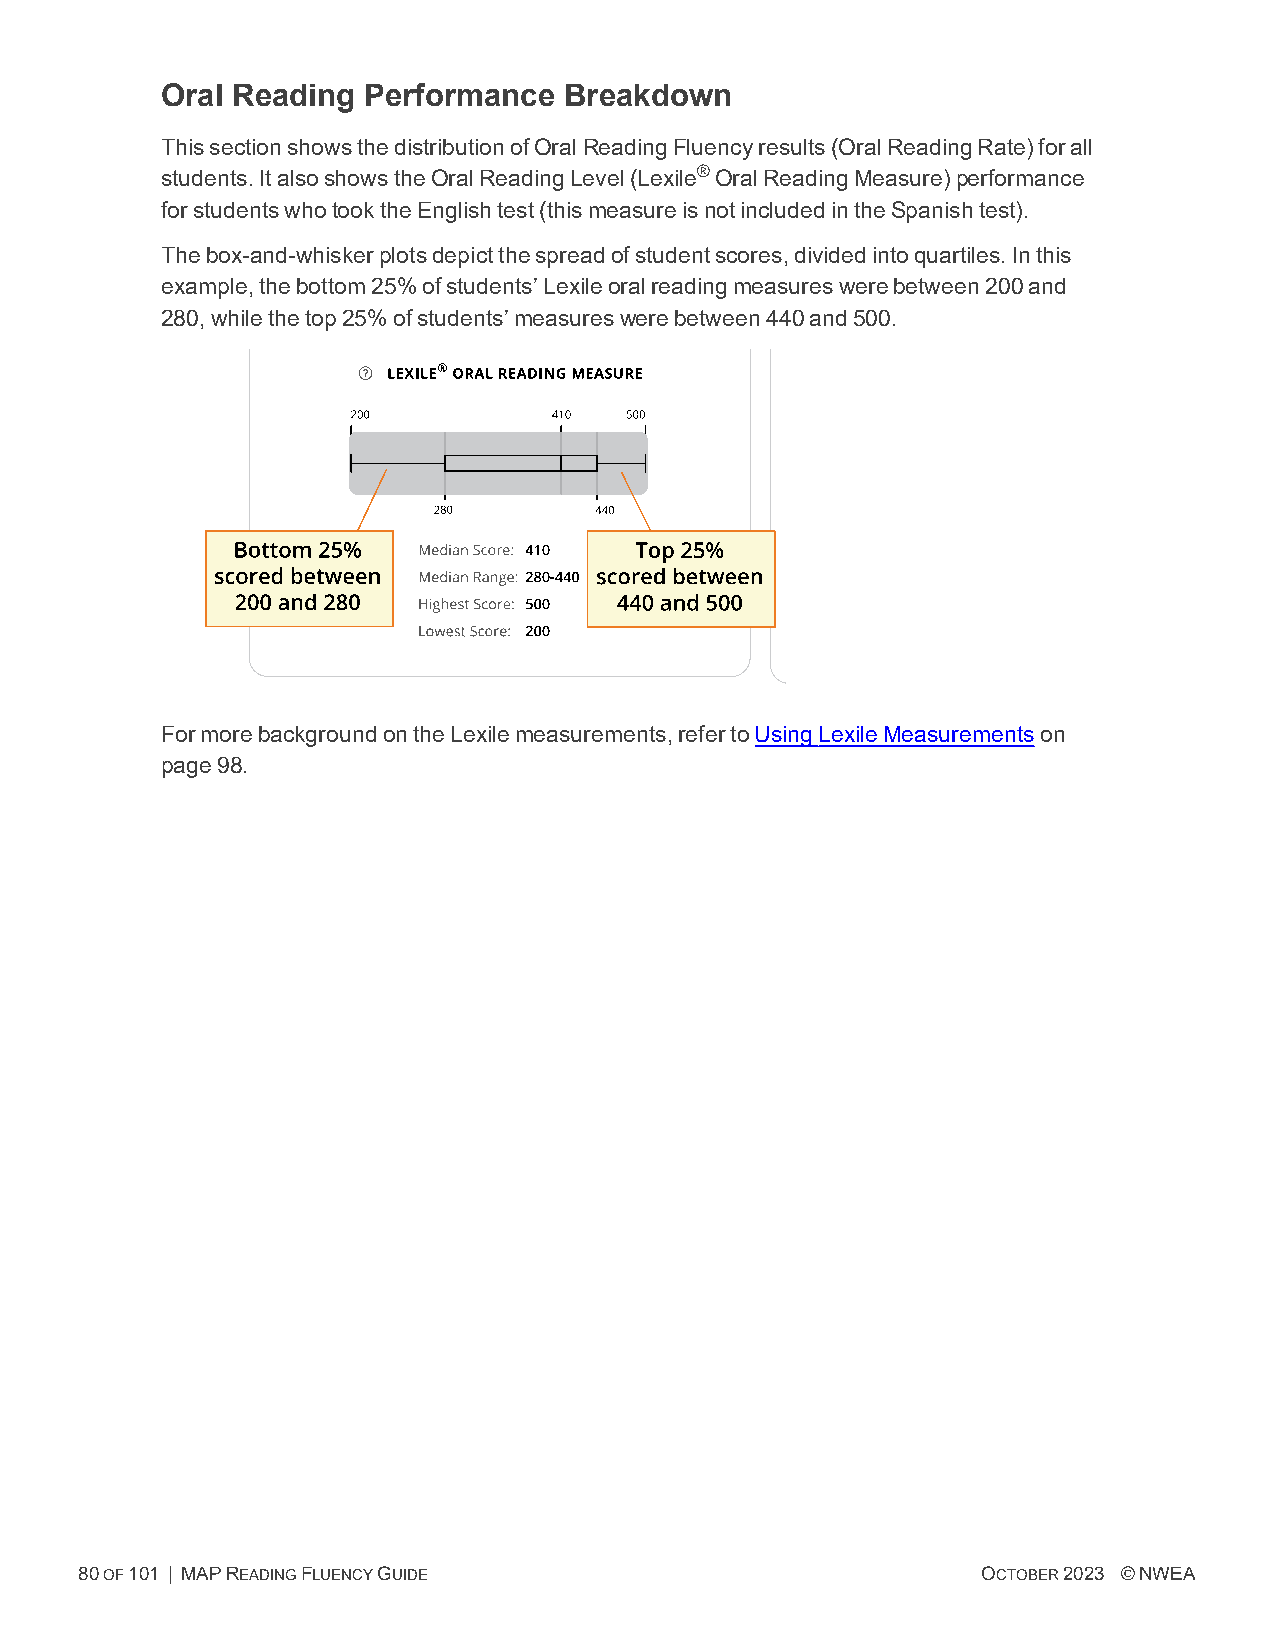
Oral Reading Performance  Breakdown
 ThissectionshowsthedistributionofOralReadingFluencyresults(OralReadingRate)forall
 students.ItalsoshowstheOralReadingLevel(Lexile®OralReadingMeasure)performance
 forstudentswhotooktheEnglishtest(thismeasureisnotincludedintheSpanishtest).
 Thebox-and-whiskerplotsdepictthespreadofstudentscores,dividedintoquartiles.Inthis
 example,thebottom25%ofstudents’Lexileoralreadingmeasureswerebetween200and
 280,whilethetop25%ofstudents’measureswerebetween440and500.
 FormorebackgroundontheLexilemeasurements,refertoUsingLexileMeasurementson
 page98.
 80OF101 | MAPREADINGFLUENCYGUIDE                            OCTOBER2023 ©NWEA